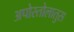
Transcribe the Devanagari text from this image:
अपोस्तोलातुस